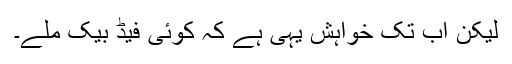
لیکن اب تک خواہش یہی ہے کہ کوئی فیڈ بیک ملے۔